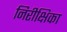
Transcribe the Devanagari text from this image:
निरीक्षिका